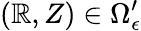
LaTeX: (\mathbb{R},Z)\in\Omega_{\epsilon}^{\prime}